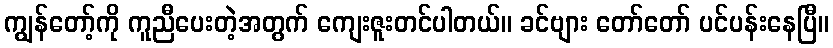
ကျွန်တော့်ကို ကူညီပေးတဲ့အတွက် ကျေးဇူးတင်ပါတယ်။ ခင်ဗျား တော်တော် ပင်ပန်းနေပြီ။